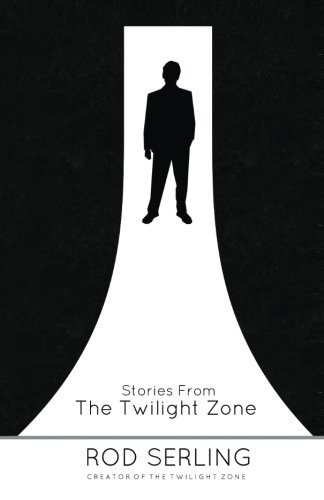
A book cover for Stories from the Twilight Zone; Rod Serling; Science Fiction & Fantasy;